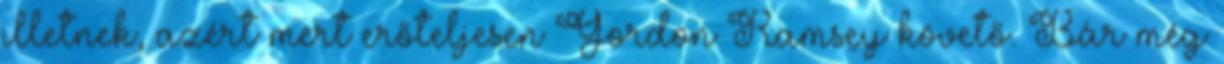
illetnek, azért mert erőteljesen Gordon Ramsey követő. Bár még